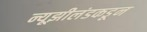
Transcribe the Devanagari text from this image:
न्यूझीलंडकडून